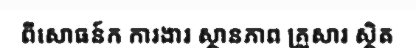
ពីសោធន៍ក ការងារ ស្ថានភាព គ្រួសារ ស្ថិត